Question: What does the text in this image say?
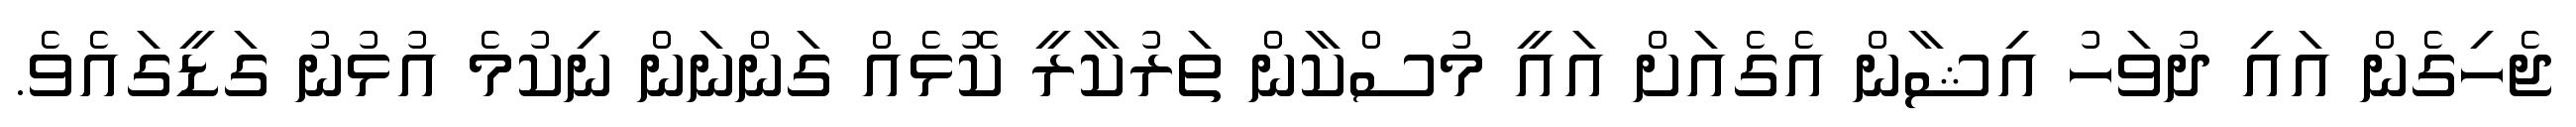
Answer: ޖެހިގެން އައި ދުވަހު އިޝާން އެގެއަށް އައީ މުސްކާން ތަރުކާރީ ކޮޅެއް ގަންނަން ނިކުމެ އުޅުނު ގަޑީގައެވެ.